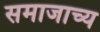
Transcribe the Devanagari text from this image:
समाजाच्य